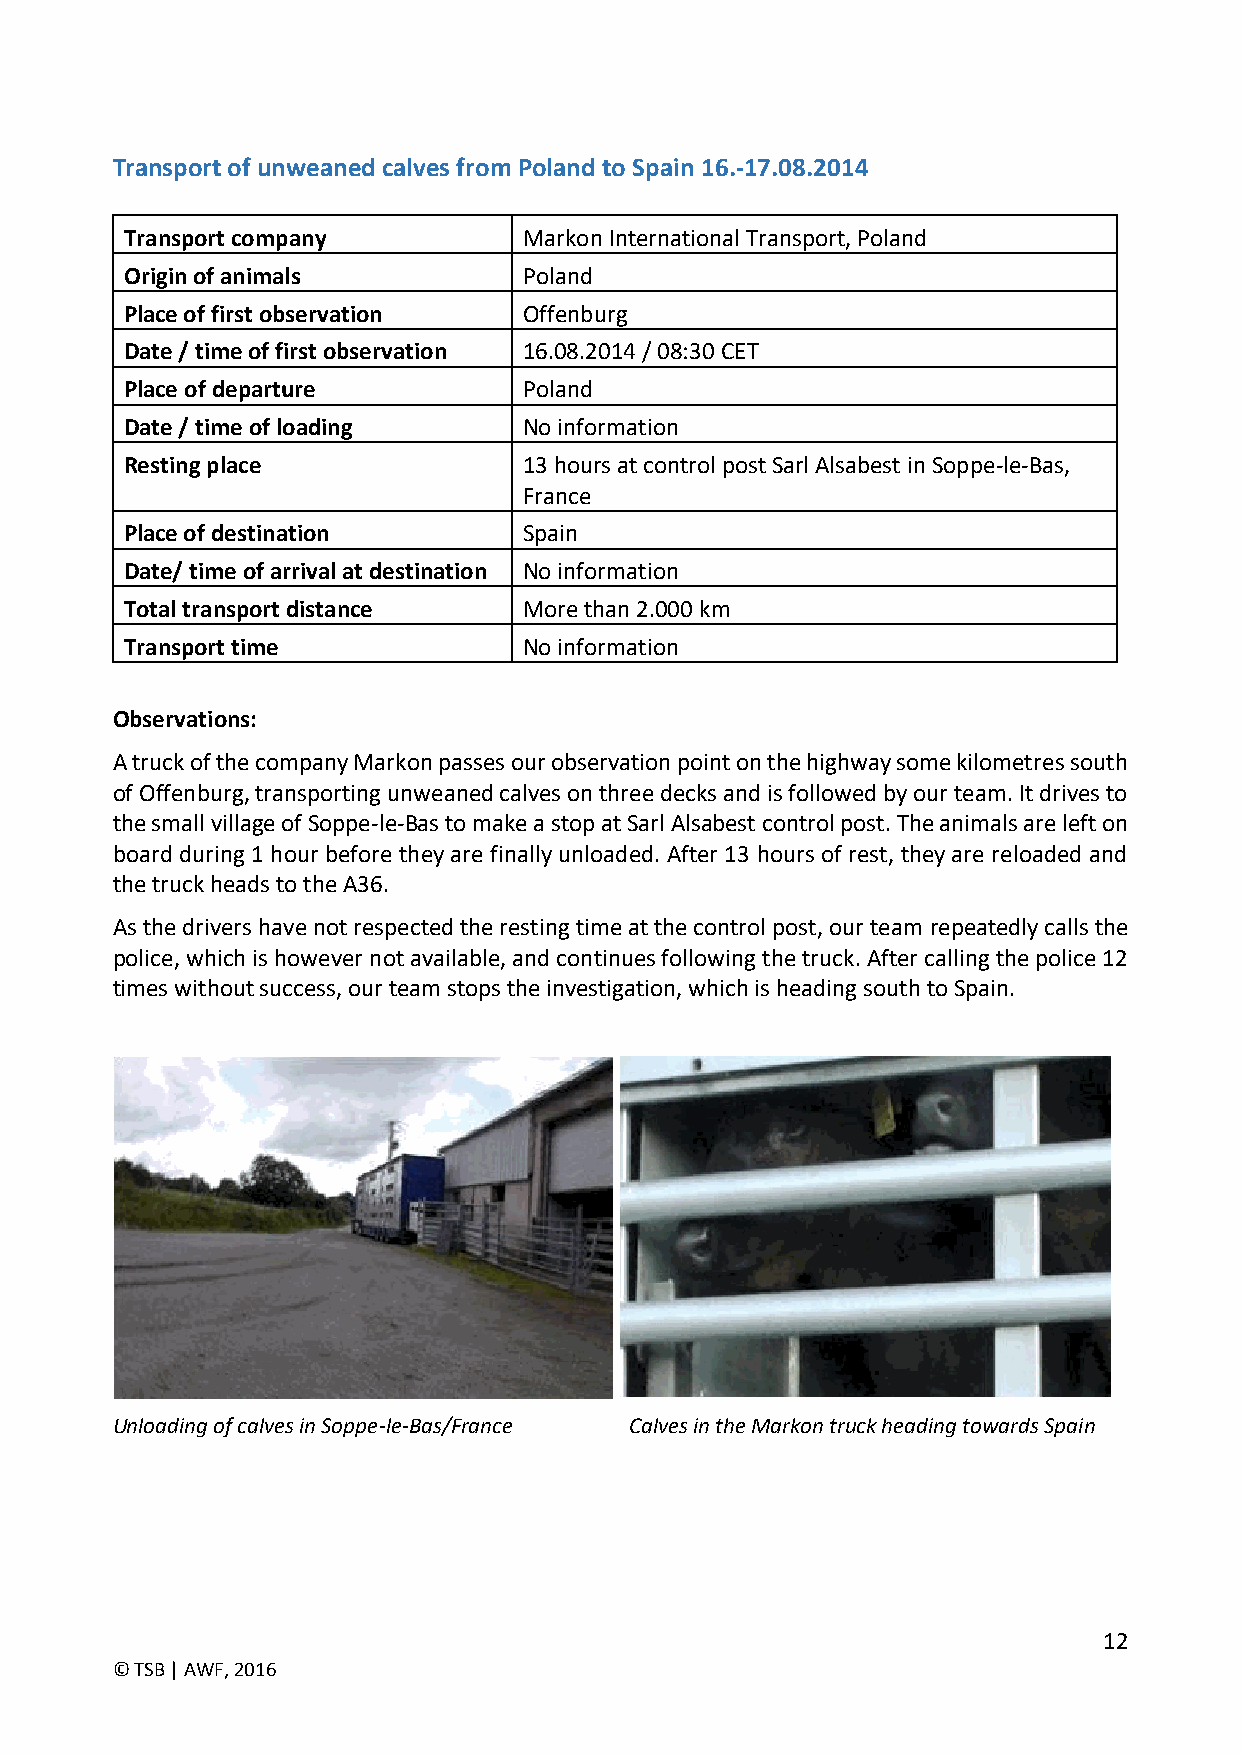
Transport of unweaned calves from Poland to Spain 16.-17.08.2014
 Transport company          Markon International Transport, Poland
 Origin of animals          Poland
 Place of first observation Offenburg
 Date / time of first observation 16.08.2014 / 08:30 CET
 Place of departure         Poland
 Date / time of loading     No information
 Resting place              13 hours at control post Sarl Alsabest in Soppe-le-Bas,
 France
 Place of destination       Spain
 Date/ time of arrival at destination No information
 Total transport distance   More than 2.000 km
 Transport time             No information
 Observations:
 A truck of the company Markon passes our observation point on the highway some kilometres south
 of Offenburg, transporting unweaned calves on three decks and is followed by our team. It drives to
 the small village of Soppe-le-Bas to make a stop at Sarl Alsabest control post. The animals are left on
 board during 1 hour before they are finally unloaded. After 13 hours of rest, they are reloaded and
 the truck heads to the A36.
 As the drivers have not respected the resting time at the control post, our team repeatedly calls the
 police, which is however not available, and continues following the truck. After calling the police 12
 times without success, our team stops the investigation, which is heading south to Spain.
 Unloading of calves in Soppe-le-Bas/France Calves in the Markon truck heading towards Spain
 12
 © TSB | AWF, 2016